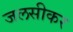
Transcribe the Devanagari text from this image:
जलसीकर